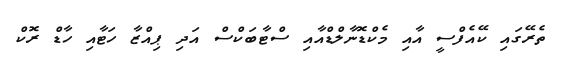
ތެރޭގައި ކޭއެފްސީ އާއި މެކްޑޮނާލްޑްއާއި ސްޓާބަކްސް އަދި ޕިއްޒާ ހަޓާއި ހާޑް ރޮކް